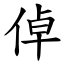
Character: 倬